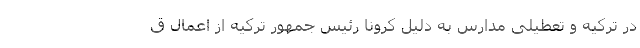
در ترکیه و تعطیلی مدارس به دلیل کرونا رئیس جمهور ترکیه از اعمال ق